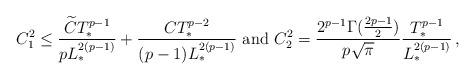
LaTeX: \begin{align*}C^2_1\leq \frac{\widetilde{C}T^{p-1}_*}{p L^{2(p-1)}_*}+\frac{{C}T^{p-2}_*}{(p-1) L^{2(p-1)}_*}\textrm{ and } C^2_2=\frac{2^{p-1}\Gamma(\frac{2p-1}{2})}{p\sqrt{\pi}}\frac{T^{p-1}_*}{L^{2(p-1)}_*}\,,\end{align*}